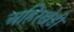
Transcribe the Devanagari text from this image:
अहिरखेड़ी